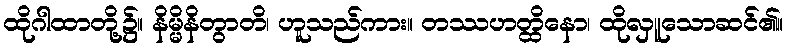
ထိုဂါထာတို့၌။ နိမ္မိနိတွာတိ၊ ဟူသည်ကား။ တဿဟတ္ထိနော၊ ထိုလှူသောဆင်၏။